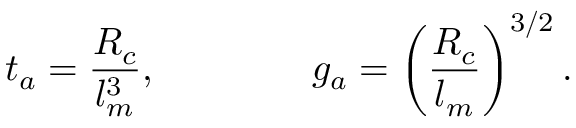
t _ { a } = { \frac { R _ { c } } { l _ { m } ^ { 3 } } } , \qquad \qquad g _ { a } = \left( { \frac { R _ { c } } { l _ { m } } } \right) ^ { 3 / 2 } .